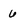
Character: 6